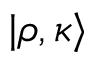
| \rho , \kappa \rangle